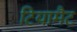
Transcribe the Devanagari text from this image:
टियामैट